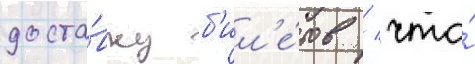
доста́вку б'ил'е́тов / что́